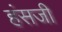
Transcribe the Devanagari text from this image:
हंसजी